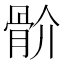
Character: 骱